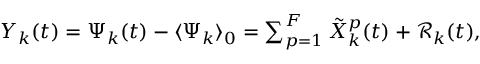
\begin{array} { r } { Y _ { k } ( t ) = \Psi _ { k } ( t ) - \langle \Psi _ { k } \rangle _ { 0 } = \sum _ { p = 1 } ^ { F } \tilde { X } _ { k } ^ { p } ( t ) + \mathcal { R } _ { k } ( t ) , } \end{array}